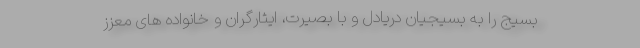
بسیج را به بسیجیان دریادل و با بصیرت، ایثارگران و خانواده های معزز